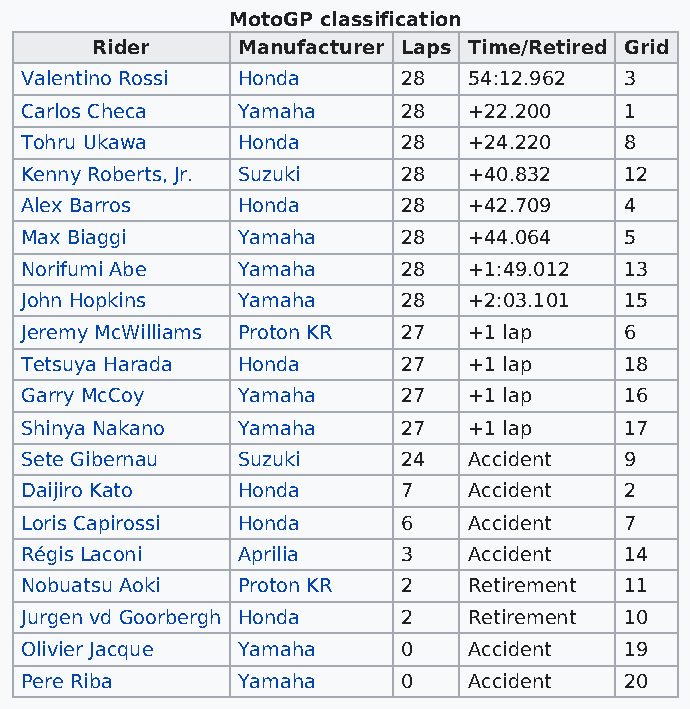
MotoGP classification
 Rider     Manufacturer Laps Time/Retired Grid
 Valentino Rossi Honda     28  54:12.962 3
 Carlos Checa   Yamaha     28  +22.200   1
 Tohru Ukawa    Honda      28  +24.220   8
 Kenny Roberts, Jr. Suzuki 28  +40.832   12
 Alex Barros    Honda      28  +42.709   4
 Max Biaggi     Yamaha     28  +44.064   5
 Norifumi Abe   Yamaha     28  +1:49.012 13
 John Hopkins   Yamaha     28  +2:03.101 15
 Jeremy McWilliams Proton KR 27 +1 lap   6
 Tetsuya Harada Honda      27  +1 lap    18
 Garry McCoy    Yamaha     27  +1 lap    16
 Shinya Nakano  Yamaha     27  +1 lap    17
 Sete Gibernau  Suzuki     24  Accident  9
 Daijiro Kato   Honda      7   Accident  2
 Loris Capirossi Honda     6   Accident  7
 Régis Laconi   Aprilia    3   Accident  14
 Nobuatsu Aoki  Proton KR  2   Retirement 11
 Jurgen vd Goorbergh Honda 2   Retirement 10
 Olivier Jacque Yamaha     0   Accident  19
 Pere Riba      Yamaha     0   Accident  20